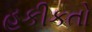
હકીકતો